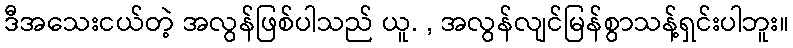
ဒီအသေးငယ်တဲ့ အလွန်ဖြစ်ပါသည် ယူ. , အလွန်လျင်မြန်စွာသန့်ရှင်းပါဘူး။